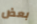
بعض